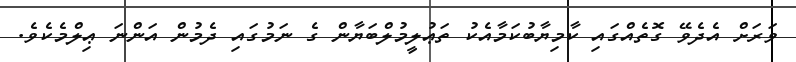
ވަރަށް އެދެވޭ ގޮތެއްގައި ކާމިޔާބުކަމާއެކު ތަޢުލީމުލްބަޔާން ގެ ނަމުގައި ދެމުން އަންނަ ޢިލްމެކެވެ.